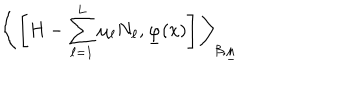
LaTeX: \bigg \langle \left[ H - \sum _ { \ell = 1 } ^ { L } \mu _ { \ell } N _ { \ell } , \underline { { { \varphi } } } ( x ) \right] \bigg \rangle _ { \beta , \underline { { { \mu } } } }